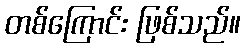
တစ်ကြောင်း ဖြစ်သည်။